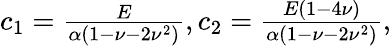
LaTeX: \begin{array}{r}{c_{1}=\frac{E}{\alpha(1-\nu-2\nu^{2})},c_{2}=\frac{E(1-4\nu)}{\alpha(1-\nu-2\nu^{2})},}\end{array}